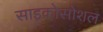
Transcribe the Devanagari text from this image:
साइकोसोशल